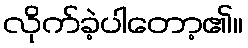
လိုက်ခဲ့ပါတော့၏။